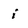
Character: i